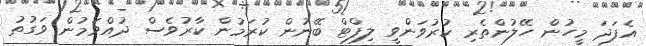
އެފަދަ މީހުން ހޭލުންތެރި ކުރުވަންވީ ލިފްޓް ބޭނުން ކުރަމުން ކާރުވެސް ދުއްވަމުން ވަގުތު